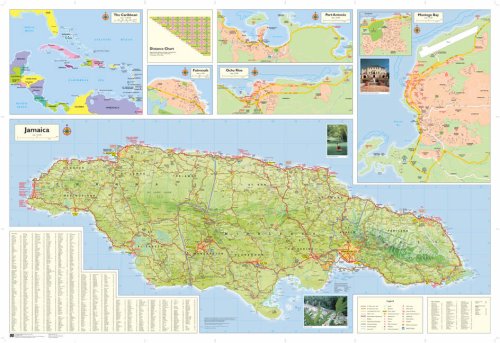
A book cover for Shell Road Map of Jamaica; Travel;